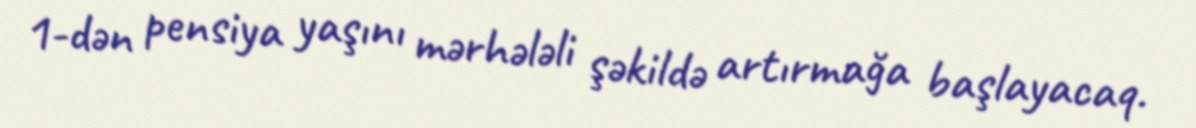
1-dən pensiya yaşını mərhələli şəkildə artırmağa başlayacaq.